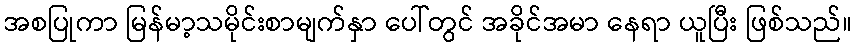
အစပြုကာ မြန်မာ့သမိုင်းစာမျက်နှာ ပေါ်တွင် အခိုင်အမာ နေရာ ယူပြီး ဖြစ်သည်။